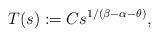
LaTeX: \begin{align*} T(s) := C s^{1/(\beta-\alpha-\theta)},\end{align*}